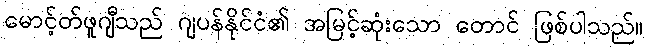
မောင့်တ်ဖူဂျီသည် ဂျပန်နိုင်ငံ၏ အမြင့်ဆုံးသော တောင် ဖြစ်ပါသည်။